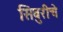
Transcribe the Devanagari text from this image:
सिबुरीचे